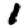
Digit: 1